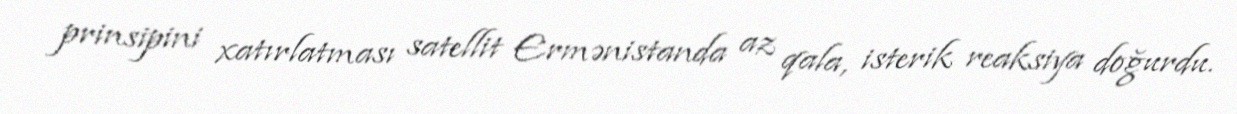
prinsipini xatırlatması satellit Ermənistanda az qala, isterik reaksiya doğurdu.